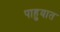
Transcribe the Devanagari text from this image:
पाहुयात